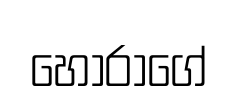
හොරාගේ